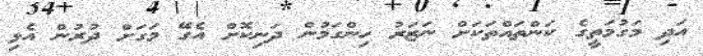
އަދި މަގުމަތީގެ ކަންތައްތަކަށް ނަޒަރު ހިންގަމުން ދަނިކޮށް އެގޭ މަގަށް ދުރުން އެޅި